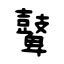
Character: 鼙